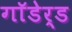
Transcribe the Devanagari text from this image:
गाॅडेर्ड